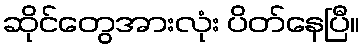
ဆိုင်တွေအားလုံး ပိတ်နေပြီ။